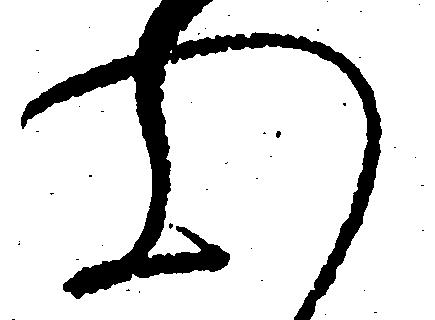
心